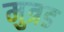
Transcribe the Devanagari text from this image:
मुत्रड